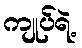
ကျုပ်ရဲ့